Senior Leaving Certificate Examination (including Day School Certificate (Higher) General paper), 1948
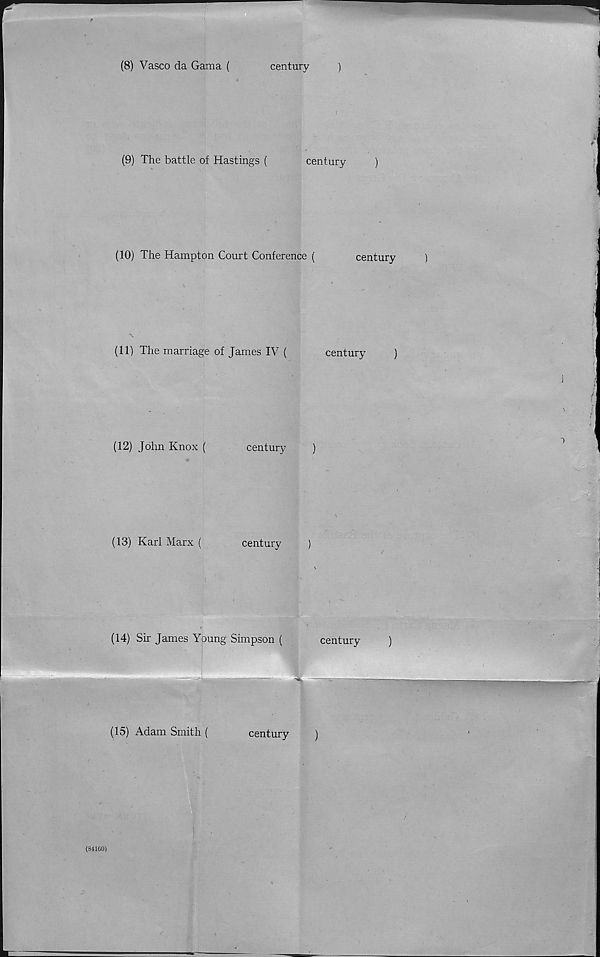
(8) Vasco da Gama (
century
)
(9) The battle of Hastings (
century
(10) The Hampton Court Conference (
century
(11) The marriage of James IV (
century
)
(12) John Knox (
century
)
(13) Karl Marx (
century
)
(14) Sir James Young Simpson (
century
■
(15) Adam Smith (
century
)
(84160)